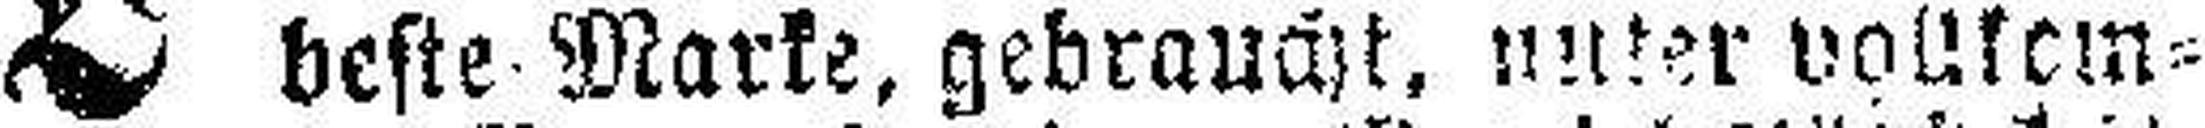
beste Marke, gebraucht, unter vollkein¬